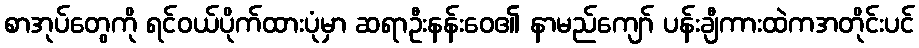
စာအုပ်တွေကို ရင်ဝယ်ပိုက်ထားပုံမှာ ဆရာဦးနန်းဝေ၏ နာမည်ကျော် ပန်းချီကားထဲကအတိုင်းပင်